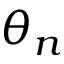
\theta _ { n }